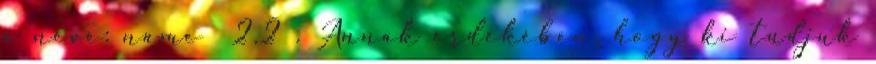
a neve: name 2.2 . Annak érdekében, hogy ki tudjuk